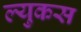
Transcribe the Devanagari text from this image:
ल्युकस